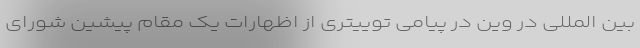
بین المللی در وین در پیامی توییتری از اظهارات یک مقام پیشین شورای